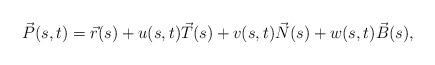
LaTeX: \begin{align*} \vec{P}(s,t)=\vec{r}(s)+u(s,t)\vec{T}(s)+v(s,t)\vec{N}(s)+w(s,t)\vec{B}(s), \end{align*}